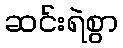
ဆင်းရဲစွာ